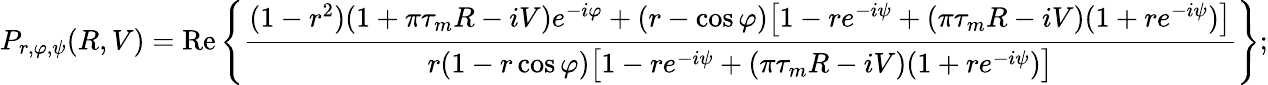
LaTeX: P_{r,\varphi,\psi}(R,V)=\mathrm{Re}\left\{ \frac{(1-r^{2})(1+\pi\tau_{m}R-iV)e^{-i\varphi}+(r-\cos\varphi)\big[1-re^{-i\psi}+(\pi\tau_{m}R-iV)(1+re^{-i\psi})\big]}{r(1-r\cos\varphi)\big[1-re^{-i\psi}+(\pi\tau_{m}R-iV)(1+re^{-i\psi})\big]}\right\} ;